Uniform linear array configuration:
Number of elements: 12
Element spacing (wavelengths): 0.25
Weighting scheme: hamming
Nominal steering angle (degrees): -30
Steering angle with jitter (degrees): -28.731
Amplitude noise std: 0.05
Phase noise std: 0.05

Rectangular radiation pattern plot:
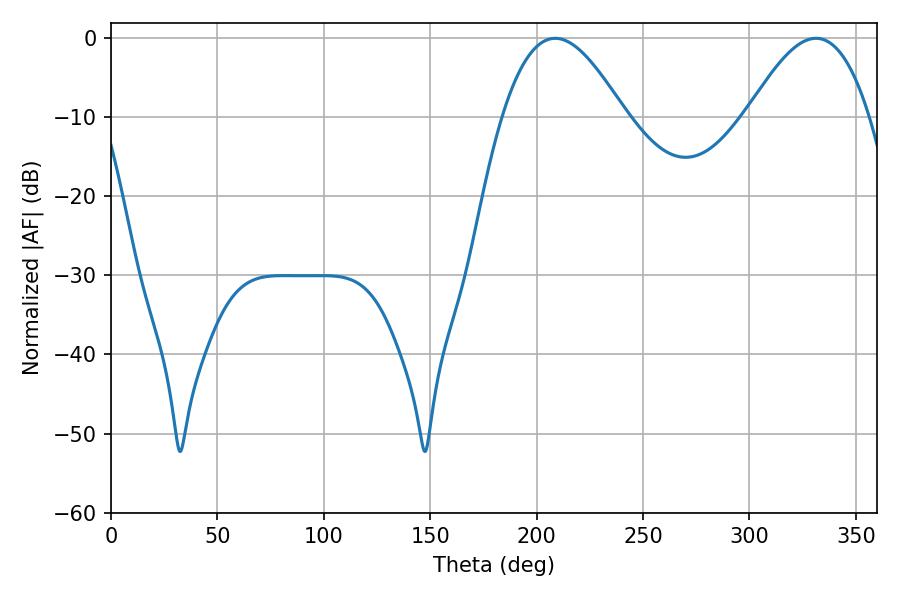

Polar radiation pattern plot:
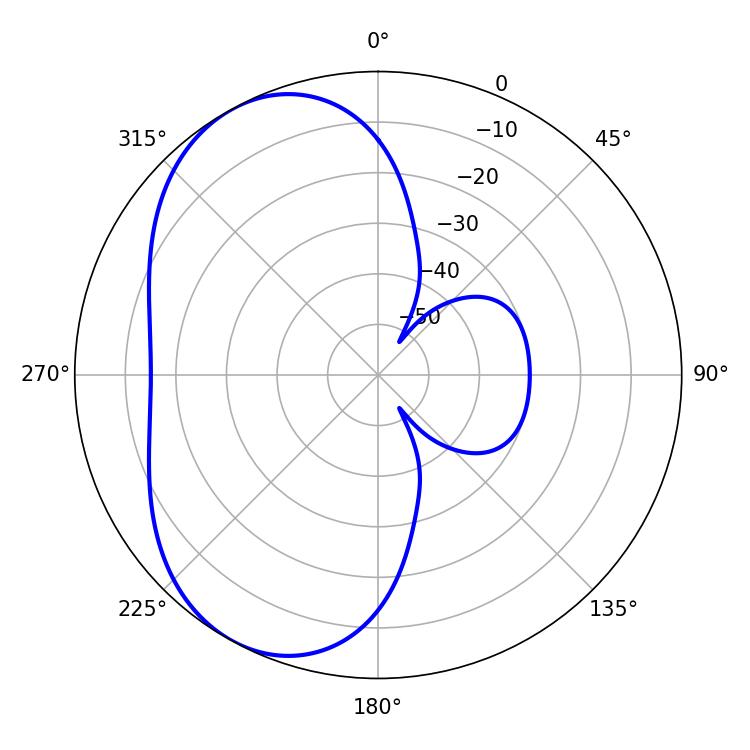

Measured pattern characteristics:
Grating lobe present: FALSE
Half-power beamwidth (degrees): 31.14
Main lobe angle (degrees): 208.8